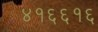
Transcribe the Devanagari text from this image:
४१६६१६